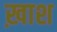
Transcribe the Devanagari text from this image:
ख़ाश